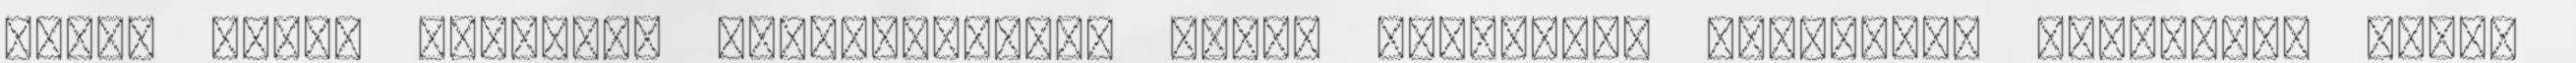
mikor eléri globális növekedésének végső ökológiai határait. Legfőképp ezért